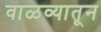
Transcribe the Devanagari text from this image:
वाळव्यातून